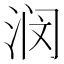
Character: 𫞗